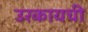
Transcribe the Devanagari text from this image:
उरकायची